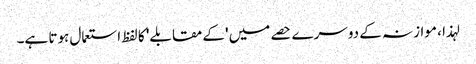
لہذا ، موازنہ کے دوسرے حصے میں 'کے مقابلے' کا لفظ استعمال ہوتا ہے۔